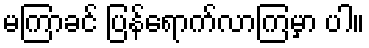
မကြာခင် ပြန်ရောက်လာကြမှာ ပါ။